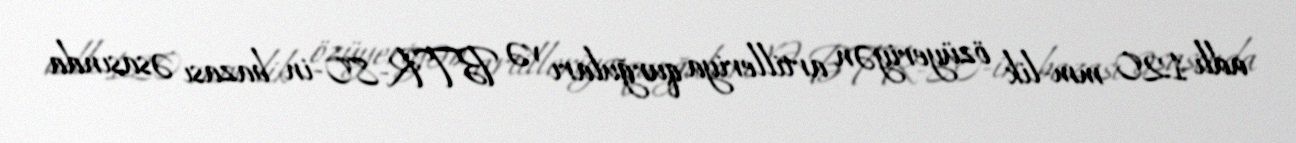
adlı 120 mm-lik özüyeriyən artilleriya qurğuları və BTR-80-in bazası əsasında